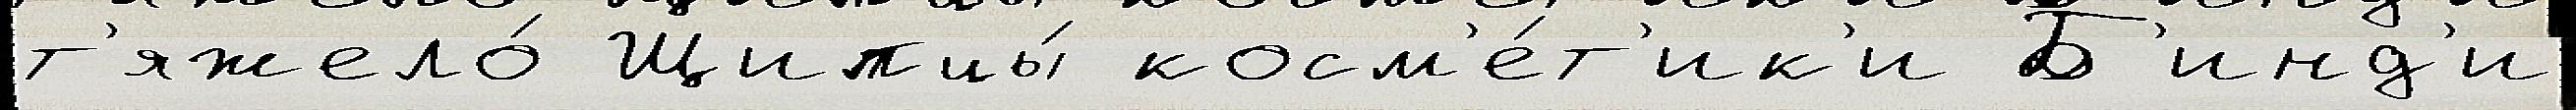
т'яжело́ Щипцы́ косм'е́т'ик'и Б'инд'и